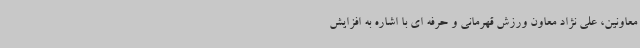
معاونین، علی نژاد معاون ورزش قهرمانی و حرفه ای با اشاره به افزایش